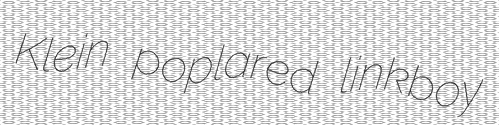
Klein poplared linkboy